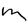
Character: M